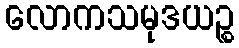
လောကသမုဒယဉ္စ